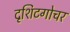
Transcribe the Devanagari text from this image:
दृशिटगोचर